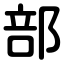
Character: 部